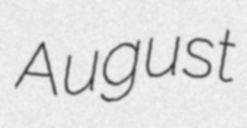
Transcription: August